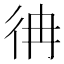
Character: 𢓒